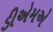
ડીએમએ